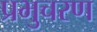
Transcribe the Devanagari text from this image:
प्रभुचरण